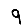
Digit: 9